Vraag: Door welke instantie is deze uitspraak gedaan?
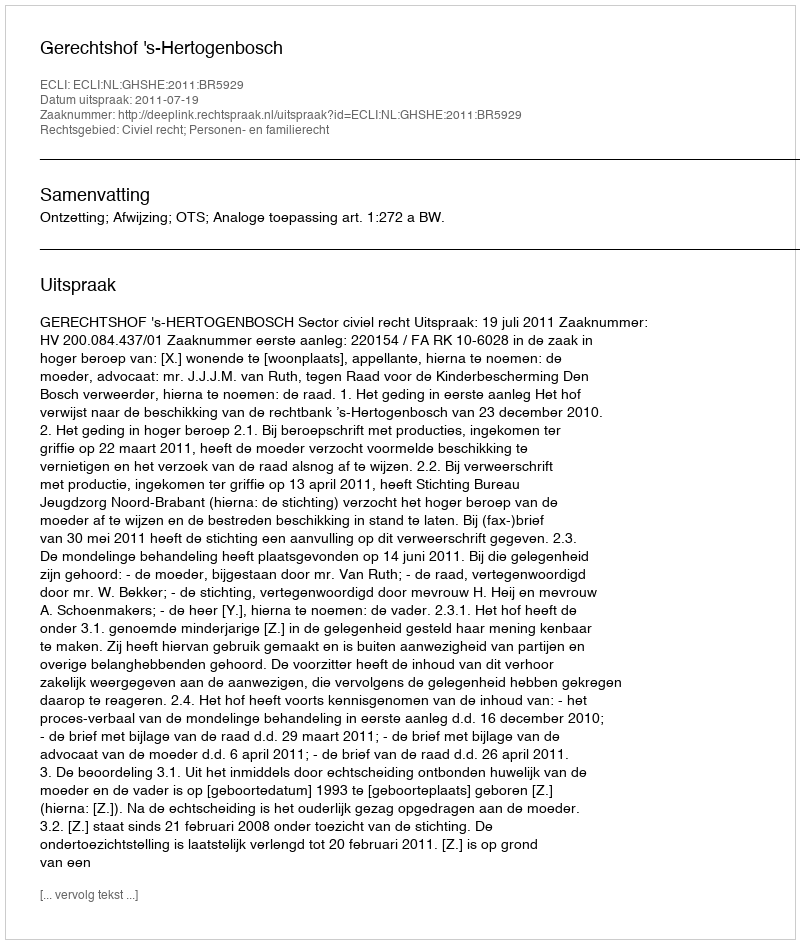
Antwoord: Gerechtshof 's-Hertogenbosch